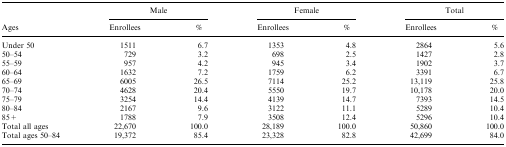
<table><thead><tr><td>[EMPTY_CELL]</td><td colspan="2"><b>Male</b></td><td colspan="2"><b>Female</b></td><td colspan="2"><b>Total</b></td></tr><tr><td><b>Ages</b></td><td><b>Enrollees</b></td><td><b>%</b></td><td><b>Enrollees</b></td><td><b>%</b></td><td><b>Enrollees</b></td><td><b>%</b></td></tr></thead><tbody><tr><td>Under 50</td><td>1511</td><td>6.7</td><td>1353</td><td>4.8</td><td>2864</td><td>5.6</td></tr><tr><td>50–54</td><td>729</td><td>3.2</td><td>698</td><td>2.5</td><td>1427</td><td>2.8</td></tr><tr><td>55–59</td><td>957</td><td>4.2</td><td>945</td><td>3.4</td><td>1902</td><td>3.7</td></tr><tr><td>60–64</td><td>1632</td><td>7.2</td><td>1759</td><td>6.2</td><td>3391</td><td>6.7</td></tr><tr><td>65–69</td><td>6005</td><td>26.5</td><td>7114</td><td>25.2</td><td>13,119</td><td>25.8</td></tr><tr><td>70–74</td><td>4628</td><td>20.4</td><td>5550</td><td>19.7</td><td>10,178</td><td>20.0</td></tr><tr><td>75–79</td><td>3254</td><td>14.4</td><td>4139</td><td>14.7</td><td>7393</td><td>14.5</td></tr><tr><td>80–84</td><td>2167</td><td>9.6</td><td>3122</td><td>11.1</td><td>5289</td><td>10.4</td></tr><tr><td>85+</td><td>1788</td><td>7.9</td><td>3508</td><td>12.4</td><td>5296</td><td>10.4</td></tr><tr><td>Total all ages</td><td>22,670</td><td>100.0</td><td>28,189</td><td>100.0</td><td>50,860</td><td>100.0</td></tr><tr><td>Total ages 50–84</td><td>19,372</td><td>85.4</td><td>23,328</td><td>82.8</td><td>42,699</td><td>84.0</td></tr></tbody></table>